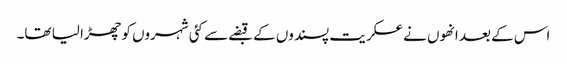
اس کے بعد انھوں نے عسکریت پسندوں کے قبضے سے کئی شہروں کو چھڑا لیا تھا۔